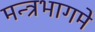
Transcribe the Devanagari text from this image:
मन्त्रभागमे